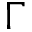
\Gamma